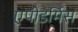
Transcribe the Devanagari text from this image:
एपीडर्मिस